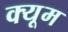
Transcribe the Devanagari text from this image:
क्यूम